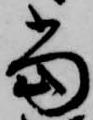
当